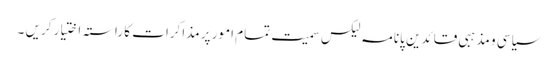
سیاسی و مذہبی قائدین پانامہ لیکس سمیت تمام امور پر مذاکرات کا راستہ اختیار کریں ۔